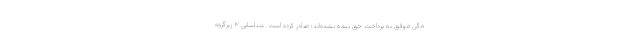
مالی موفق به پرداخت حق بیمه نشده‌اند؛ صادر کرده است. شناسایی ۳ زیرگروه